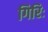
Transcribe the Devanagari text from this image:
गिरिः